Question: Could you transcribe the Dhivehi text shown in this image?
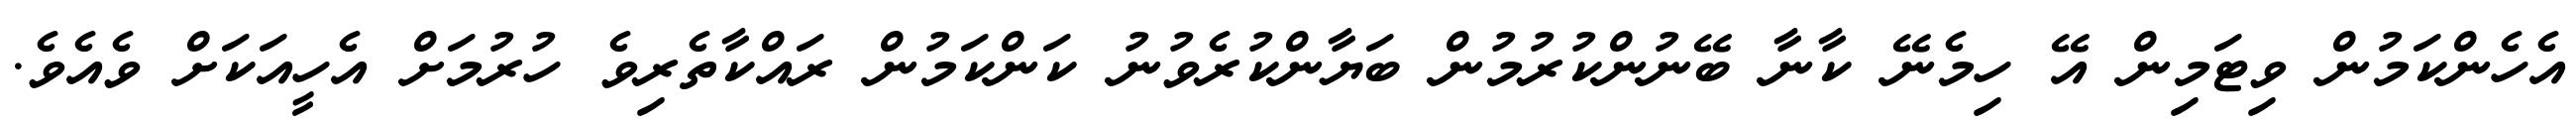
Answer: އެހެންކަމުން ވިޓަމިން އޭ ހިމެނޭ ކާނާ ބޭނުންކުރުމުން ބަޔާންކުރެވުނު ކަންކަމުން ރައްކާތެރިވެ ހުރުމަށް އެހީއަކަށް ވެއެވެ.